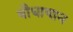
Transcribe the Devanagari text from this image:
बौधायान